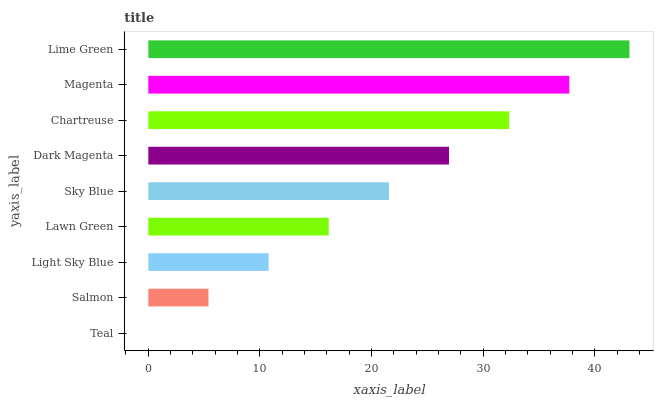
| yaxis_label | bars |
 | --- | --- |
 | Teal | 0 |
 | Salmon | 5.39 |
 | Light Sky Blue | 10.8 |
 | Lawn Green | 16.2 |
 | Sky Blue | 21.5 |
 | Dark Magenta | 26.9 |
 | Chartreuse | 32.3 |
 | Magenta | 37.7 |
 | Lime Green | 43.1 |